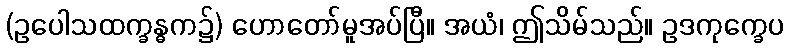
(ဥပေါသထက္ခန္ဓက၌) ဟောတော်မူအပ်ပြီ။ အယံ၊ ဤသိမ်သည်။ ဥဒကုက္ခေပ